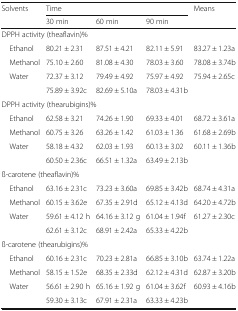
<table><thead><tr><td rowspan="2"><b>Solvents</b></td><td colspan="3"><b>Time</b></td><td rowspan="2"><b>Means</b></td></tr><tr><td><b>30 min</b></td><td><b>60 min</b></td><td><b>90 min</b></td></tr></thead><tbody><tr><td colspan="5">DPPH activity (theaflavin)%</td></tr><tr><td> Ethanol</td><td>80.21 ± 2.31</td><td>87.51 ± 4.21</td><td>82.11 ± 5.91</td><td>83.27 ± 1.23a</td></tr><tr><td> Methanol</td><td>75.10 ± 2.60</td><td>81.08 ± 4.30</td><td>78.03 ± 3.60</td><td>78.08 ± 3.74b</td></tr><tr><td> Water</td><td>72.37 ± 3.12</td><td>79.49 ± 4.92</td><td>75.97 ± 4.92</td><td>75.94 ± 2.65c</td></tr><tr><td></td><td>75.89 ± 3.92c</td><td>82.69 ± 5.10a</td><td>78.03 ± 4.31b</td><td></td></tr><tr><td colspan="5">DPPH activity (thearubigins)%</td></tr><tr><td> Ethanol</td><td>62.58 ± 3.21</td><td>74.26 ± 1.90</td><td>69.33 ± 4.01</td><td>68.72 ± 3.61a</td></tr><tr><td> Methanol</td><td>60.75 ± 3.26</td><td>63.26 ± 1.42</td><td>61.03 ± 1.36</td><td>61.68 ± 2.69b</td></tr><tr><td> Water</td><td>58.18 ± 4.32</td><td>62.03 ± 1.93</td><td>60.13 ± 3.02</td><td>60.11 ± 1.36b</td></tr><tr><td></td><td>60.50 ± 2.36c</td><td>66.51 ± 1.32a</td><td>63.49 ± 2.13b</td><td></td></tr><tr><td colspan="5">ß-carotene (theaflavin)%</td></tr><tr><td> Ethanol</td><td>63.16 ± 2.31c</td><td>73.23 ± 3.60a</td><td>69.85 ± 3.42b</td><td>68.74 ± 4.31a</td></tr><tr><td> Methanol</td><td>60.15 ± 3.62e</td><td>67.35 ± 2.91d</td><td>65.12 ± 4.13d</td><td>64.20 ± 4.72b</td></tr><tr><td> Water</td><td>59.61 ± 4.12 h</td><td>64.16 ± 3.12 g</td><td>61.04 ± 1.94f</td><td>61.27 ± 2.30c</td></tr><tr><td></td><td>62.61 ± 3.12c</td><td>68.91 ± 2.42a</td><td>65.33 ± 4.22b</td><td></td></tr><tr><td colspan="5">ß-carotene (thearubigins)%</td></tr><tr><td> Ethanol</td><td>60.16 ± 2.31c</td><td>70.23 ± 2.81a</td><td>66.85 ± 3.10b</td><td>63.74 ± 1.22a</td></tr><tr><td> Methanol</td><td>58.15 ± 1.52e</td><td>68.35 ± 2.33d</td><td>62.12 ± 4.31d</td><td>62.87 ± 3.20b</td></tr><tr><td> Water</td><td>56.61 ± 2.90 h</td><td>65.16 ± 1.92 g</td><td>61.04 ± 3.62f</td><td>60.93 ± 4.16b</td></tr><tr><td></td><td>59.30 ± 3.13c</td><td>67.91 ± 2.31a</td><td>63.33 ± 4.23b</td><td></td></tr></tbody></table>